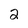
Character: 2